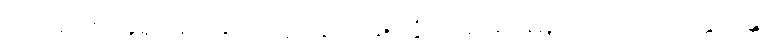
မဟာရာဇ၊ အရှင်မင်းမြတ်။ ဣဒါနိ၊ ယခု။ တွံ၊ အရှင်မင်းမြတ်သည်။ သက္ကောန္တော၊